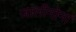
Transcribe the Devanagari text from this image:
जालीमोनां